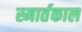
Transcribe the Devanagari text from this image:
स्मार्तकाल